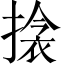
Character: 搇